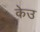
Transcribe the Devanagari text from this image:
केउ